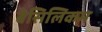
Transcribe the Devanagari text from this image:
बेसिलिकम